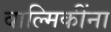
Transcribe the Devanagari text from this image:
वाल्मिकींना